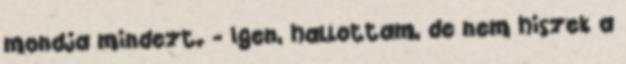
mondja mindezt. - Igen, hallottam, de nem hiszek a